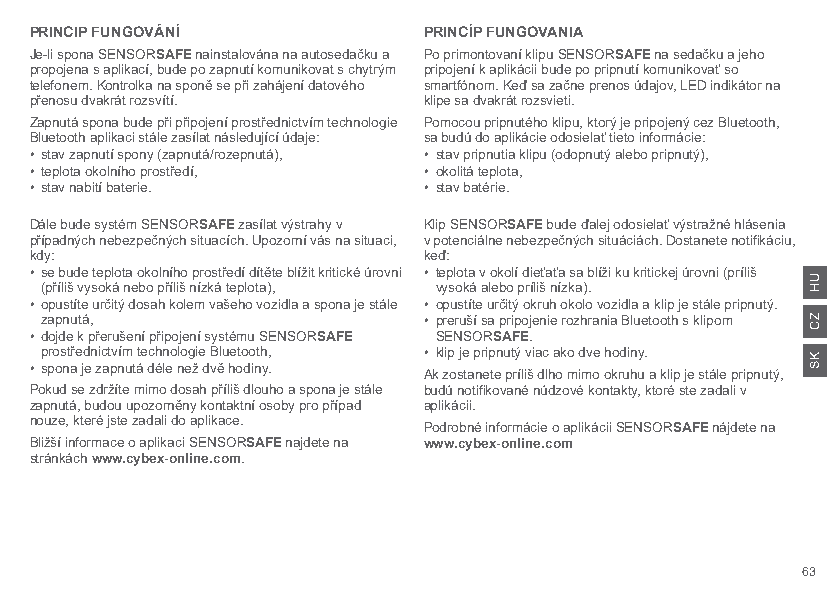
PRINCIP FUNGOVÁNÍ         PRINCÍP FUNGOVANIA
 Je-li spona SENSORSAFE nainstalována na autosedačku a Po primontovaní klipu SENSORSAFE na sedačku a jeho
 propojena s aplikací, bude po zapnutí komunikovat s chytrým pripojení k aplikácii bude po pripnutí komunikovať so
 telefonem. Kontrolka na sponě se při zahájení datového smartfónom. Keď sa začne prenos údajov, LED indikátor na
 přenosu dvakrát rozsvítí. klipe sa dvakrát rozsvieti.
 Zapnutá spona bude při připojení prostřednictvím technologie Pomocou pripnutého klipu, ktorý je pripojený cez Bluetooth,
 Bluetooth aplikaci stále zasílat následující údaje: sa budú do aplikácie odosielať tieto informácie:
 • stav zapnutí spony (zapnutá/rozepnutá), • stav pripnutia klipu (odopnutý alebo pripnutý),
 • teplota okolního prostředí, • okolitá teplota,
 • stav nabití baterie.    • stav batérie.
 Dále bude systém SENSORSAFE zasílat výstrahy v Klip SENSORSAFE bude ďalej odosielať výstražné hlásenia
 případných nebezpečných situacích. Upozorní vás na situaci, v potenciálne nebezpečných situáciách. Dostanete notifikáciu,
 kdy:                      keď:
 • se bude teplota okolního prostředí dítěte blížit kritické úrovni • teplota v okolí dieťaťa sa blíži ku kritickej úrovni (príliš
 (příliš vysoká nebo příliš nízká teplota), vysoká alebo príliš nízka).
 • opustíte určitý dosah kolem vašeho vozidla a spona je stále • opustíte určitý okruh okolo vozidla a klip je stále pripnutý.
 zapnutá,                 • preruší sa pripojenie rozhrania Bluetooth s klipom
 • dojde k přerušení připojení systému SENSORSAFE SENSORSAFE.
 prostřednictvím technologie Bluetooth, • klip je pripnutý viac ako dve hodiny.
 • spona je zapnutá déle než dvě hodiny.
 Ak zostanete príliš dlho mimo okruhu a klip je stále pripnutý,
 Pokud se zdržíte mimo dosah příliš dlouho a spona je stále budú notifikované núdzové kontakty, ktoré ste zadali v
 zapnutá, budou upozorněny kontaktní osoby pro případ aplikácii.
 nouze, které jste zadali do aplikace.
 Podrobné informácie o aplikácii SENSORSAFE nájdete na
 Bližší informace o aplikaci SENSORSAFE najdete na www.cybex-online.com
 stránkách www.cybex-online.com.
 63
 UH
 ZC
 KS